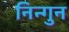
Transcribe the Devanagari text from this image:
निन्गुन